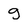
Character: g